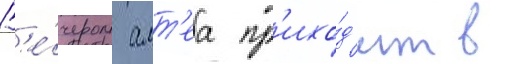
В'е́чером алт'еа пр'ихо́д'ит в